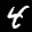
Label: 4